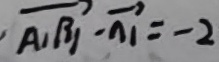
\overrightarrow { A _ { 1 } B _ { 1 } } \cdot \overrightarrow { n } _ { 1 } = - 2